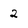
Character: 2